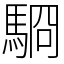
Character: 䮐